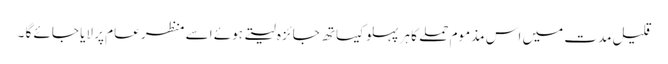
قلیل مدت میں اس مذموم حملے کا ہر پہلو کیساتھ جائزہ لیتے ہوئے اسے منظر عام پر لایا جائے گا ۔